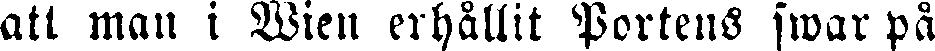
att man i Wien erhållit Portens swar på